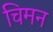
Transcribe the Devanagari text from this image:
चिमन